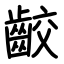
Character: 齩